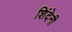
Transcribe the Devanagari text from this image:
शिंदेनी